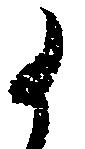
候